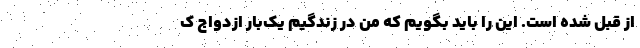
از قبل شده است. این را باید بگویم که من در زندگیم یک‌بار ازدواج ک